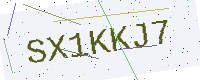
Text: SX1KKJ7